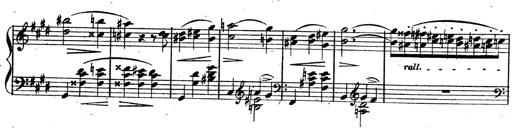
Title: 3 Caprices-Valses
Composer: Franz Liszt